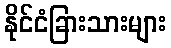
နိုင်ငံခြားသားများ